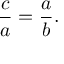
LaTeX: { \frac { c } { a } } = { \frac { a } { b } } .